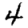
Digit: 4